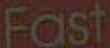
Fast